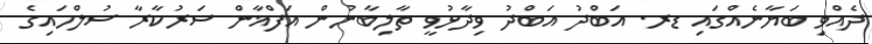
ދެއްވި ބަޔާނެއްގައި ޑރ. އަބްދު އަބްދު ވިދާޅުވީ ތާލިބާނުން އަފްޣާން ސަރުކާރާ ސުލްހައިގެ